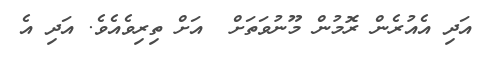
އަދި އެއުރެން ރޮމުން މޫނުވަތަށް  އަށް ތިރިވެއެވެ. އަދި އެ